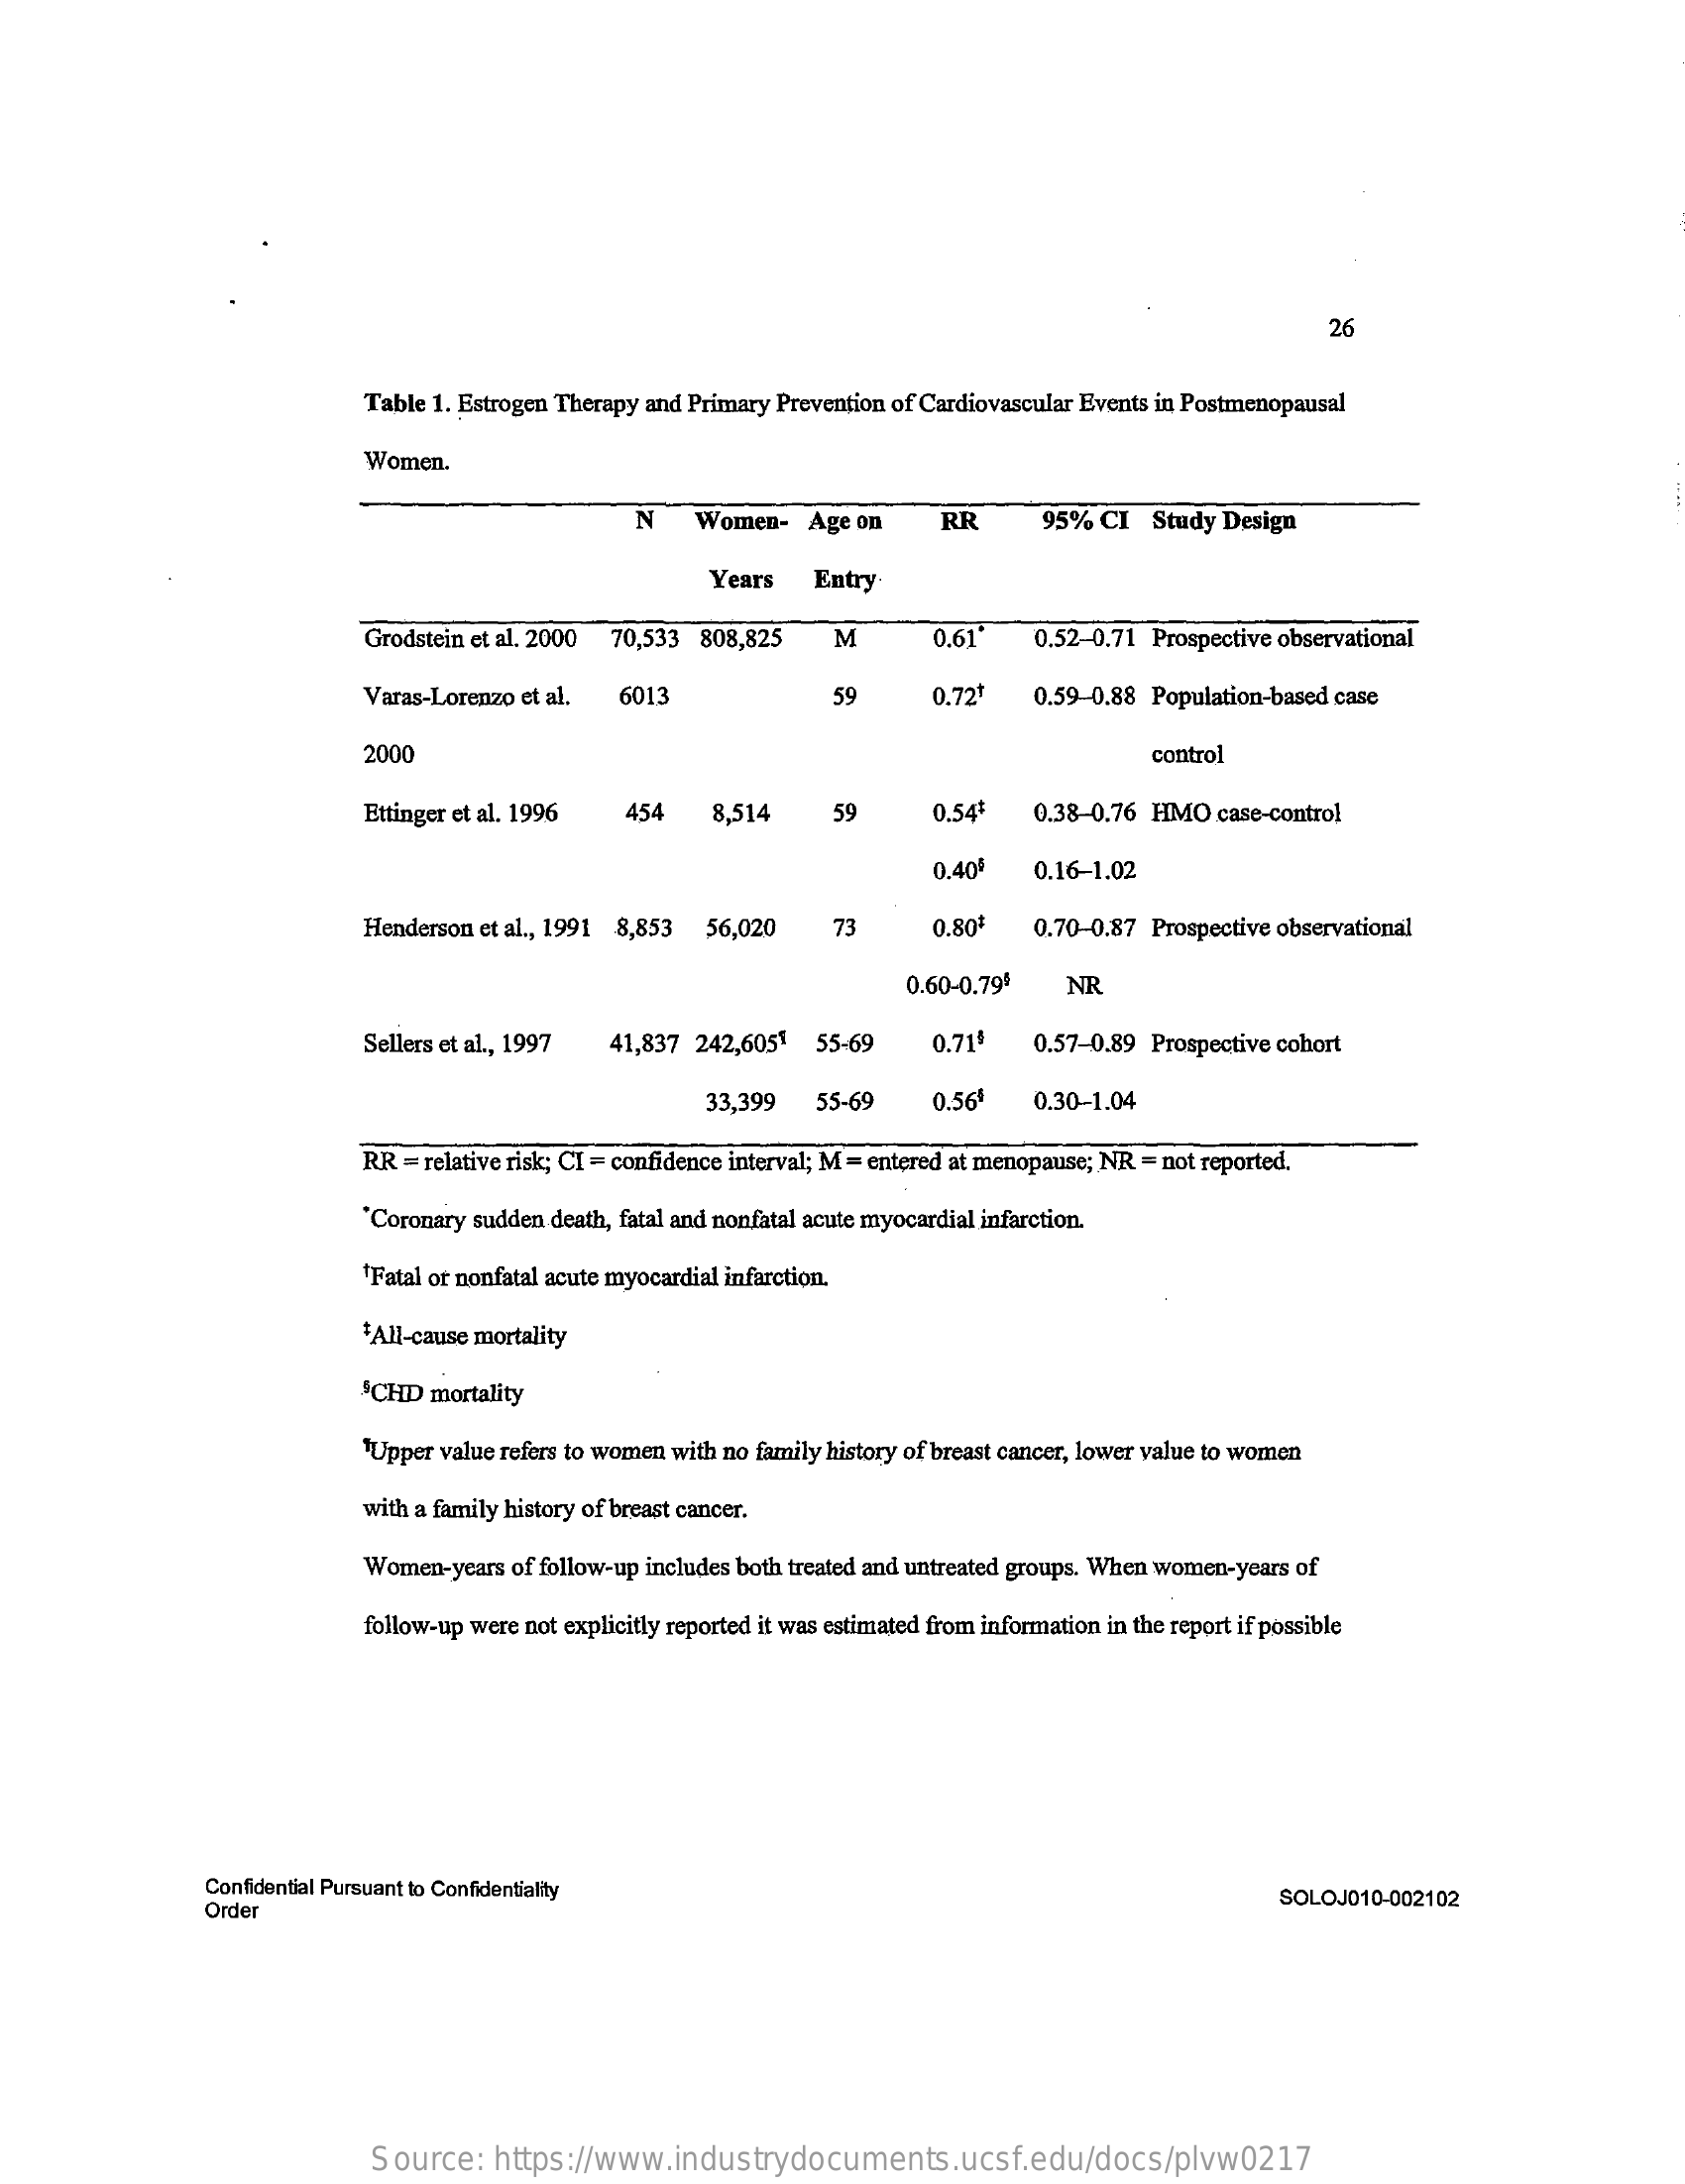
26
     Table 1. Estrogen Therapy and Primary Prevention of Cardiovascular Events in Postmenopausal
     Women.
     N    Women-    Age on    RR    95%  CI  Study Design
     Years   Entry
     Grodstein et al. 2000 70,533 808,825    M    0.61*   0.52-0.71 Prospective observational
     Varas-Lorenzo et al.  6013    59    0.72+   0.59-0.88 Population-based case
     2000    control
     Ettinger et al. 1996   454    8,514    59    0.54+   0.38-0.76 HMO   case-control
     0.401   0.16-1.02
     Henderson et al ., 1991 8,853 56,020    73    0.80+   0.70-0.87 Prospective observational
     0.60-0.799    NR
     Sellers et al ., 1997 41,837 242,6051  55-69    0.71'    0.57-0.89 Prospective cohort
     33,399   55-69    0.56    0.30-1.04
     RR = relative risk; CI = confidence interval; M = entered at menopause; NR = not reported.
     "Coronary sudden death, fatal and nonfatal acute myocardial infarction.
     Fatal or nonfatal acute myocardial infarction.
     'All-cause mortality
     $CHD  mortality
     Upper value refers to women with no family history of breast cancer, lower value to women
     with a family history of breast cancer.
     Women-years  of follow-up includes both treated and untreated groups. When women-years of
     follow-up were not explicitly reported it was estimated from information in the report if possible
     Confidential Pursuant to Confidentiality
     Order    SOLOJ010-002102
     Source:    https://www.industrydocuments.ucsf.edu/docs/plvw0217